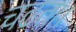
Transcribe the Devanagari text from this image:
चढता।